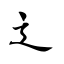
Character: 辶